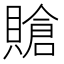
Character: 賶